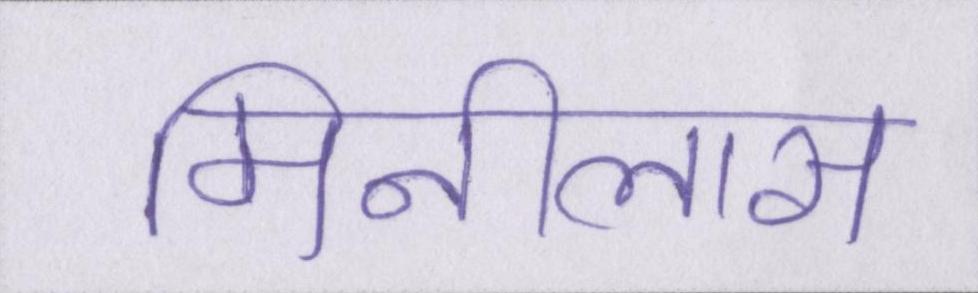
मिनीलास